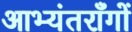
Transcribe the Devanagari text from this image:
आभ्यंतराँगों